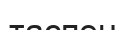
таспен